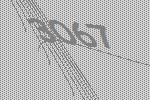
3067